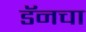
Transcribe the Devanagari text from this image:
डॅनचा